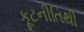
કૂટનીતિથી